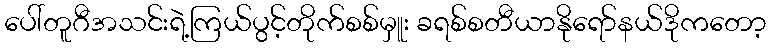
ပေါ်တူဂီအသင်းရဲ့ကြယ်ပွင့်တိုက်စစ်မှူး ခရစ်စတီယာနိုရော်နယ်ဒိုကတော့